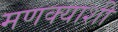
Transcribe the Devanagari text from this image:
मणक्याशी